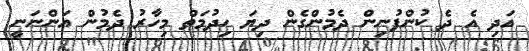
އަދި އެ ދެ ކުންފުނިން ދެމުންގެން ދިޔަ ހިދުމަތް މިހާރު ދެމުން އަންނަނީ